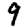
Digit: 9